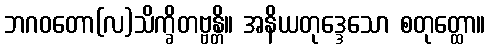
ဘဂဝတော(လ)သိက္ခိတဗ္ဗန္တိ။ အနိယတုဒ္ဒေသော စတုတ္ထော။